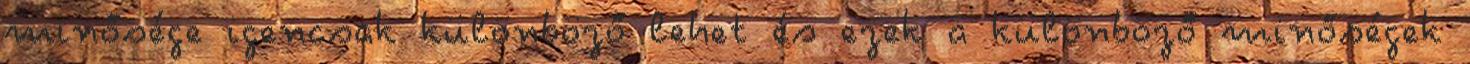
minősége igencsak különböző lehet és ezek a különböző minőségek